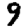
Digit: 9